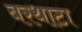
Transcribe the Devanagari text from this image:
बरथाटा